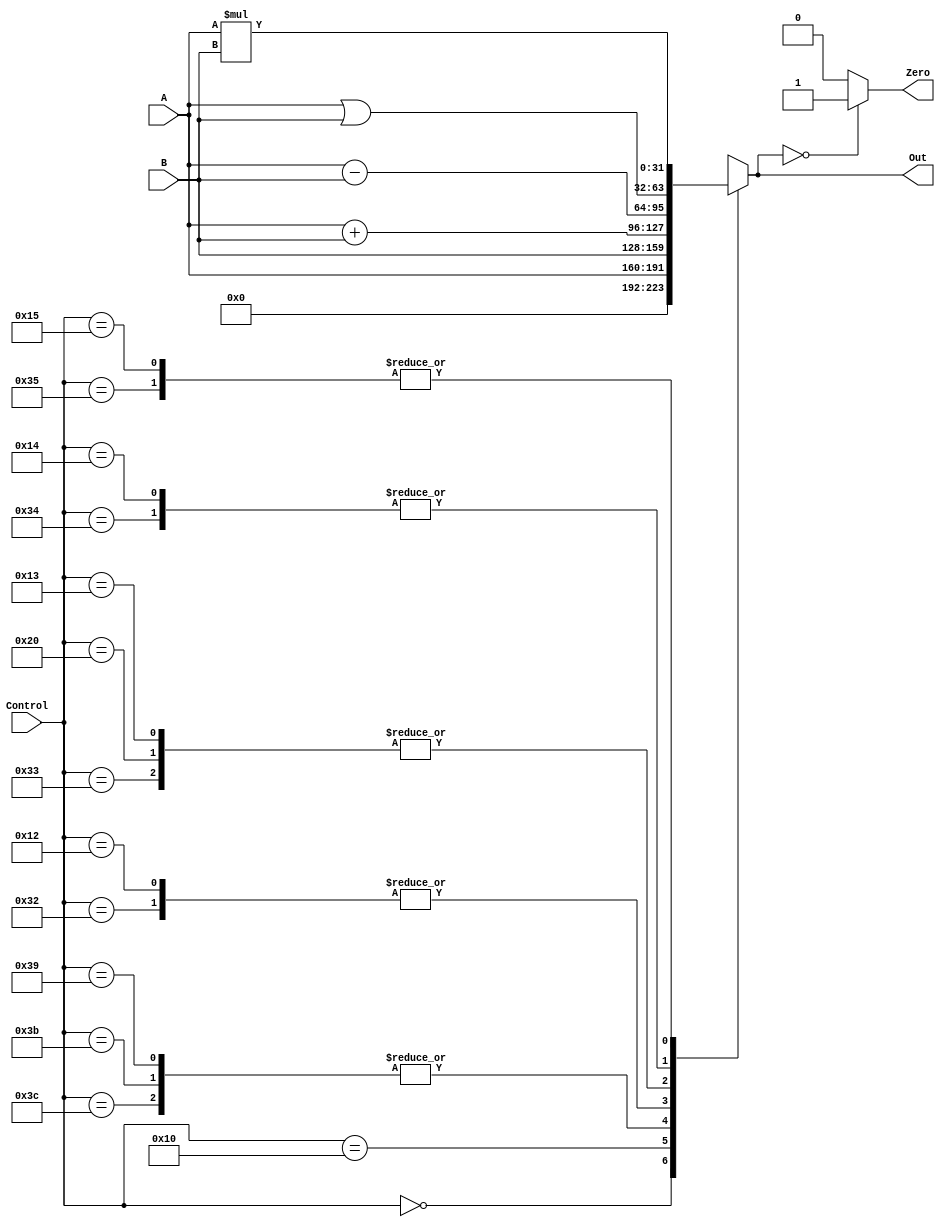
`timescale 1ns / 1ns
//////////////////////////////////////////////////////////////////////////////////
// 
// Design Name: 	ALU
// Module Name:     ALU 
// Project Name: 	Lab3
// Description:		ALU unit for Pipelined Datapath 
//
// Revision: 
// Revision 0.01 - File Created
// Additional Comments: 
// 		Used localparams for the ALU case options:
// 		Parameterized the Input and Output to be able to use ALU for any
// 		sized values.
//
//////////////////////////////////////////////////////////////////////////////////
module ALU(A, B, Control, Out, Zero);
parameter SIZE = 32;

// Localparams to represent ALU functions available
/*localparam NOOP = 6'h0;
localparam MOV = 6'h10, ADD = 6'h12, SUB = 6'h13, OR = 6'h14, MUL = 6'h15;
localparam BEQ = 6'h20;
localparam ADDI = 6'h32, SUBI = 6'h33, ORI = 6'h34, MULI = 6'h35;
localparam LI = 6'h39, LWI = 6'h3B, SWI = 6'h3C;*/

input [SIZE-1:0] A, B;
input [5:0] Control;
output [SIZE-1:0] Out;
reg [SIZE-1:0] Out;
output Zero;
reg Zero;

always @(A or B or Control)
begin
	case (Control)
		6'h0: Out = 0;					//NOOP do nothing
		6'h10 : Out = A;					//MOV : R1 = R2
		6'h39, 6'h3B, 6'h3C : Out = B;			//LI  : R1 = IMM
		6'h12, 6'h32 : Out = A + B;		//ADD : R1 = R2 + R3
		6'h13, 6'h20, 6'h33 : Out = A - B;	//SUB : R1 = R2 - R3
		6'h14, 6'h34  : Out = A | B;			//OR  : R1 = R2 | R3
		6'h15, 6'h35 : Out = A * B;		//MUL : R1 = R2 & R3
		default : Out = 'bx;			//Default : R1 = x
	endcase
end

// New Zero signal which activates if output is equal to zero
always @(A or B or Control)
begin
	if (Out == 0)
		Zero <= 1;
	else
		Zero <= 0;
end

endmodule